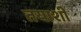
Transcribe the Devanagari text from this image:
तयाशीं